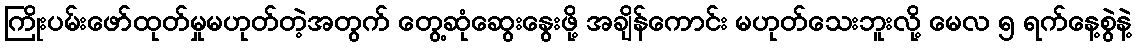
ကြိုးပမ်းဖော်ထုတ်မှုမဟုတ်တဲ့အတွက် တွေ့ဆုံဆွေးနွေးဖို့ အချိန်ကောင်း မဟုတ်သေးဘူးလို့ မေလ ၅ ရက်နေ့စွဲနဲ့